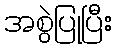
အစွဲပြုပြီး